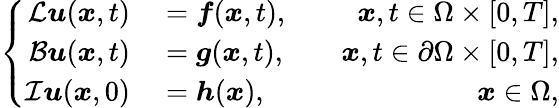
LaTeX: \left\{ \begin{array}{rlr}{\mathcal{L}\boldsymbol{u}(\boldsymbol{x},t)}&{{}=\boldsymbol{f}(\boldsymbol{x},t),}&{\quad\boldsymbol{x},t\in\Omega\times[0,T],}\\ {\mathcal{B}\boldsymbol{u}(\boldsymbol{x},t)}&{{}=\boldsymbol{g}(\boldsymbol{x},t),}&{\quad\boldsymbol{x},t\in\partial\Omega\times[0,T],}\\ {\mathcal{I}\boldsymbol{u}(\boldsymbol{x},0)}&{{}=\boldsymbol{h}(\boldsymbol{x}),}&{\quad\boldsymbol{x}\in\Omega,}\end{array}\right.